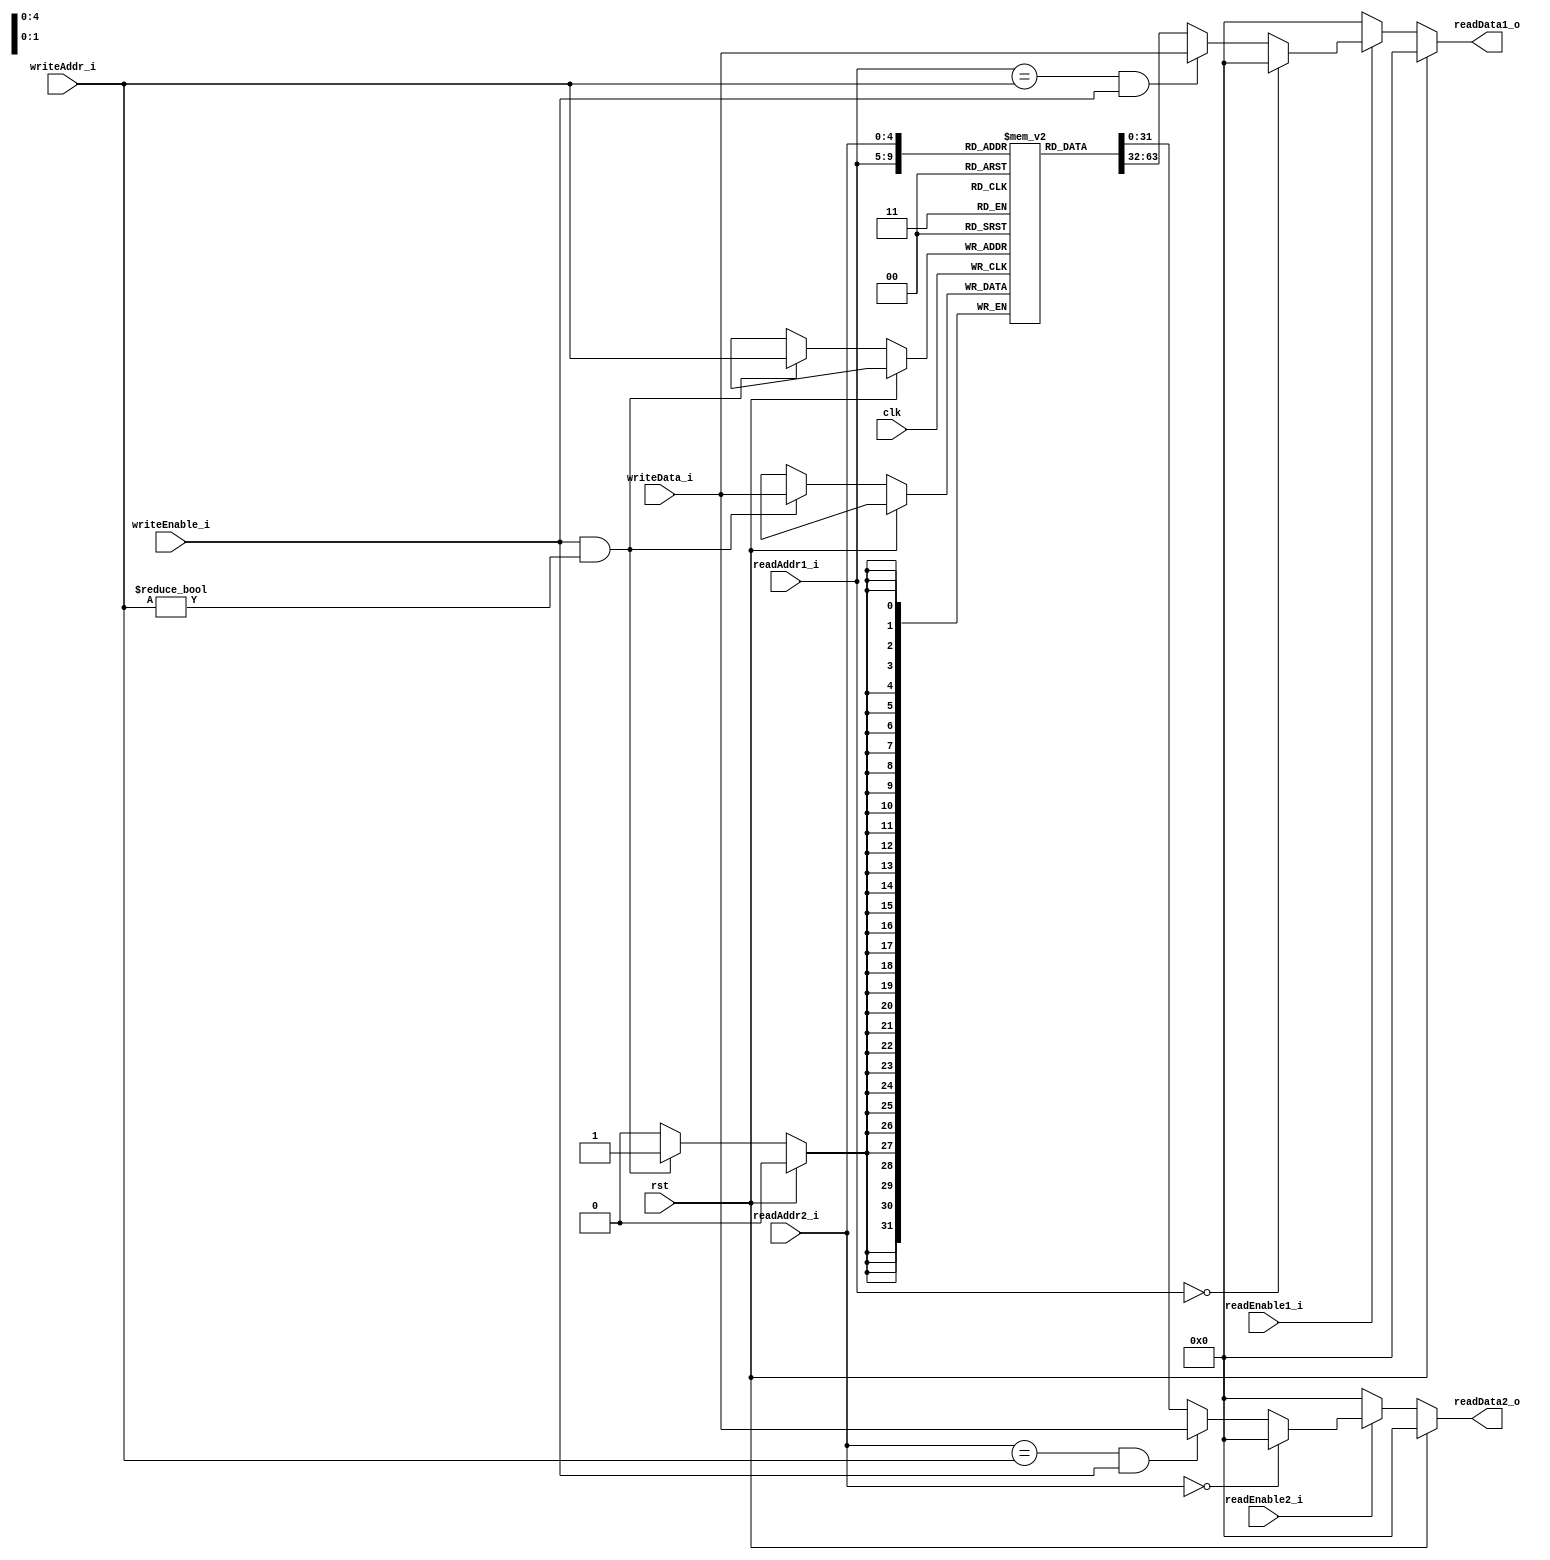
module registers(
    input wire clk,
    input wire rst,
    input wire readEnable1_i,
    input wire readEnable2_i,
    input wire[4:0] readAddr1_i,
    input wire[4:0] readAddr2_i,
    input wire writeEnable_i,
    input wire[4:0] writeAddr_i,
    input wire[31:0] writeData_i,
    
    output reg[31:0] readData1_o,
    output reg[31:0] readData2_o
);
    reg[31:0] register[31:0];
    
    //write Registers
    always @ (posedge clk) begin
        if(rst == 1'b0) begin
            if(writeEnable_i == 1'b1 && writeAddr_i != 5'b0) begin
                register[writeAddr_i] <= writeData_i;
            end
        end
    end
    
    //read Register_1
    always @ (*) begin
        if(rst == 1'b1) begin
            readData1_o <= 32'b0;
        end else if(readEnable1_i == 1'b0) begin
            readData1_o <= 32'b0;
        end else if(readAddr1_i == 5'b0) begin
            readData1_o <= 32'b0;
        end else if(readAddr1_i == writeAddr_i && writeEnable_i == 1'b1) begin
        	readData1_o <= writeData_i;
        end else begin
            readData1_o <= register[readAddr1_i];
        end
    end
    
    //read Register_2
    always @ (*) begin
		if(rst == 1'b1) begin
			readData2_o <= 32'b0;
		end else if(readEnable2_i == 1'b0) begin
			readData2_o <= 32'b0;
		end else if(readAddr2_i == 5'b0) begin
			readData2_o <= 32'b0;
		end else if(readAddr2_i == writeAddr_i && writeEnable_i == 1'b1) begin
			readData2_o <= writeData_i;
		end else begin
			readData2_o <= register[readAddr2_i];
		end
     end
     
endmodule